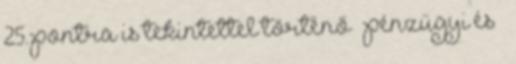
25. pontra is tekintettel történő – pénzügyi és –